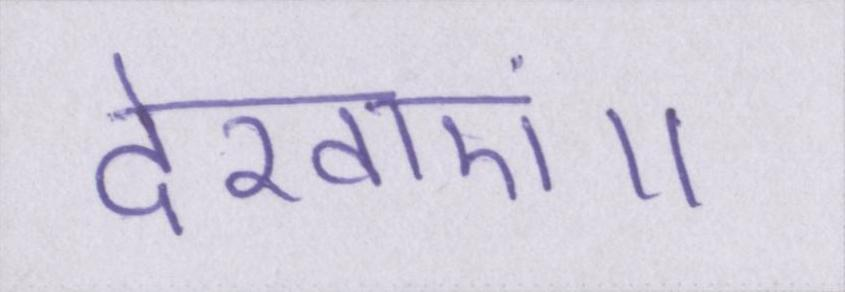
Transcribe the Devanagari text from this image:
देखाएं॥